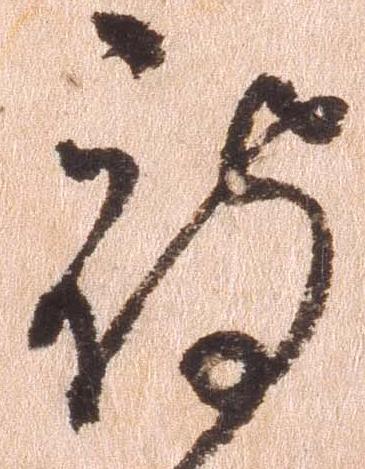
被